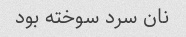
نان سرد سوخته بود